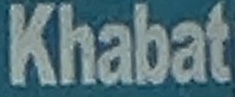
Khabat